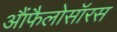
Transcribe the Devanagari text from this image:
आैंफैलोसॉरस